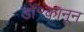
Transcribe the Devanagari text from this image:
डॉ॰क़ानून